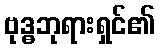
ဗုဒ္ဓဘုရားရှင်၏